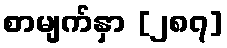
စာမျက်နှာ [၂၈၇]